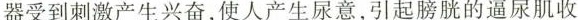
器受到刺激产生兴奋，使人产生尿意，引起膀胱的逼尿肌收缩，排出尿液，逼尿肌收缩又进一步刺激牵张感受器兴奋。